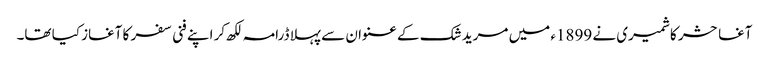
آغا حشر کاشمیری نے 1899ء میں مرید شک کے عنوان سے پہلا ڈرامہ لکھ کر اپنے فنی سفر کا آغاز کیا تھا۔